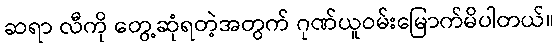
ဆရာ လီကို တွေ့ဆုံရတဲ့အတွက် ဂုဏ်ယူဝမ်းမြောက်မိပါတယ်။